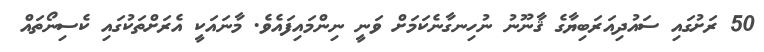
50 ރަށުގައި ސައުދިއަރަބިޔާގެ ޤާނޫނު ނުހިނގާނެކަމަށް ވަނީ ނިންމައިފައެވެ. މާނައަކީ އެރަށްތަކުގައި ކެސިނޯތައް